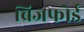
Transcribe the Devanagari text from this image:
ब्रिजफोर्ड